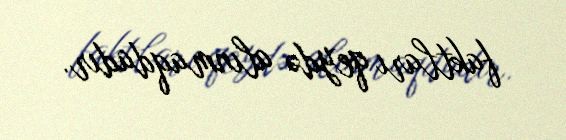
faktları qeydə alınmaqdadır.